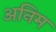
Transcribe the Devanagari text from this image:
अनिम